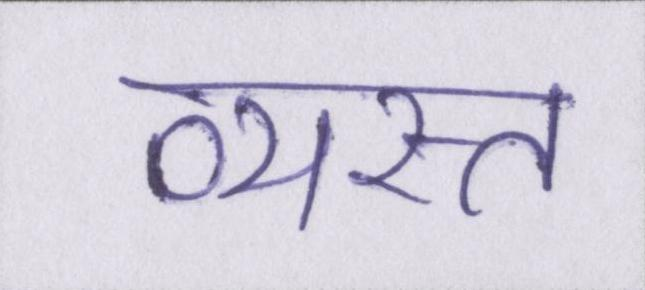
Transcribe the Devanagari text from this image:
व्यस्त